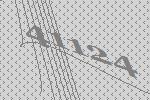
41124